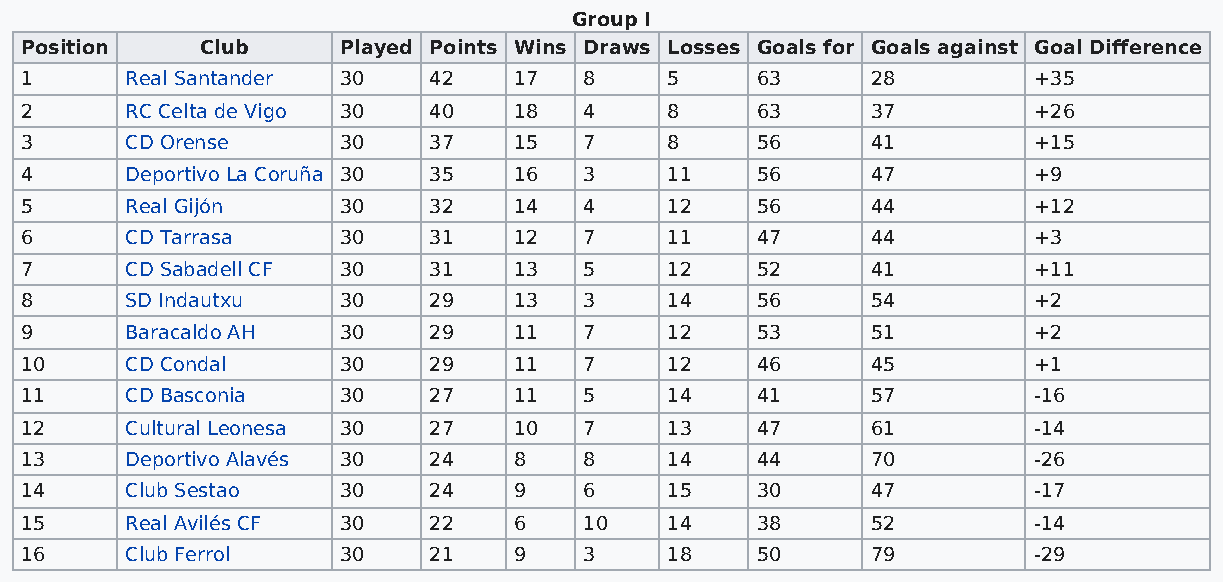
Group I
 Position    Club      Played Points Wins Draws Losses Goals for Goals against Goal Difference
 1      Real Santander 30   42    17   8    5     63      28        +35
 2      RC Celta de Vigo 30 40    18   4    8     63      37        +26
 3      CD Orense      30   37    15   7    8     56      41        +15
 4      Deportivo La Coruña 30 35 16   3    11    56      47        +9
 5      Real Gijón     30   32    14   4    12    56      44        +12
 6      CD Tarrasa     30   31    12   7    11    47      44        +3
 7      CD Sabadell CF 30   31    13   5    12    52      41        +11
 8      SD Indautxu    30   29    13   3    14    56      54        +2
 9      Baracaldo AH   30   29    11   7    12    53      51        +2
 10     CD Condal      30   29    11   7    12    46      45        +1
 11     CD Basconia    30   27    11   5    14    41      57        -16
 12     Cultural Leonesa 30 27    10   7    13    47      61        -14
 13     Deportivo Alavés 30 24    8    8    14    44      70        -26
 14     Club Sestao    30   24    9    6    15    30      47        -17
 15     Real Avilés CF 30   22    6    10   14    38      52        -14
 16     Club Ferrol    30   21    9    3    18    50      79        -29